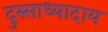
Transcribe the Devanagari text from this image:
दुस्साध्यादाय